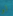
لو